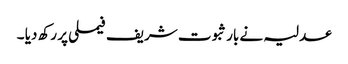
عدلیہ نے بار ثبوت شریف فیملی پر رکھ دیا ۔